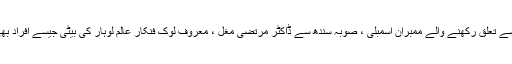
مغل برادری سے تعلق رکھنے والے ممبران اسمبلی ، صوبہ سندھ سے ڈاکٹر مرتضیٰ مغل ، معروف لوک فنکار عالم لوہار کی بیٹی جیسے افراد بھی شامل تھے ۔